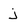
Character: j